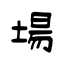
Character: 場